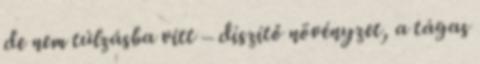
de nem túlzásba vitt – díszítő növényzet, a tágas